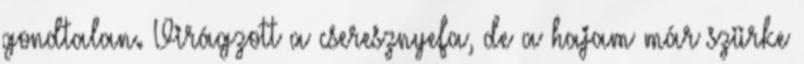
gondtalan. Virágzott a cseresznyefa, de a hajam már szürke